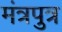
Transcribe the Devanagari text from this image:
मंत्रपुत्र